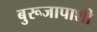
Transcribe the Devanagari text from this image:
बुरूजापाशी